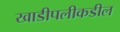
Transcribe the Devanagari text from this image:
खाडीपलीकडील